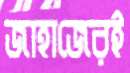
জাহাজেরই